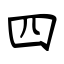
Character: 四